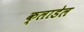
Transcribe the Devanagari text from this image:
क्लाडेल